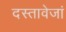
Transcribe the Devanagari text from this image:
दस्तावेजां